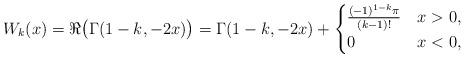
LaTeX: \begin{align*}W_k(x)=\Re\big(\Gamma(1-k,-2x)\big)=\Gamma(1-k,-2x)+\begin{cases} \frac{(-1)^{1-k} \pi}{(k-1)!}& x>0,\\0&x<0,\end{cases}\end{align*}